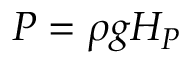
P = \rho g H _ { P }